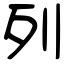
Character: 列